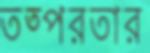
তত্পরতার